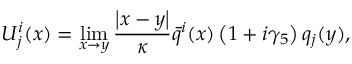
U _ { j } ^ { i } ( x ) = \operatorname * { l i m } _ { x \rightarrow y } { \frac { \left| x - y \right| } { \kappa } } \bar { q } ^ { i } ( x ) \left( 1 + i \gamma _ { 5 } \right) q _ { j } ( y ) ,